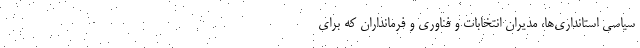
سیاسی استانداری‌ها، مدیران انتخابات و فناوری و فرمانداران که برای